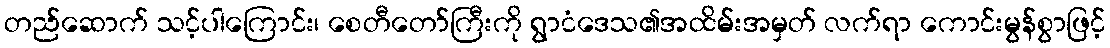
တည်ဆောက် သင့်ပါကြောင်း၊ စေတီတော်ကြီးကို ရွာငံဒေသ၏အထိမ်းအမှတ် လက်ရာ ကောင်းမွန်စွာဖြင့်